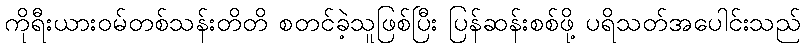
ကိုရီးယားဝမ်တစ်သန်းတိတိ စတင်ခဲ့သူဖြစ်ပြီး ပြန်ဆန်းစစ်ဖို့ ပရိသတ်အပေါင်းသည်